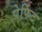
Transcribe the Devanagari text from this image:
पेर्फिट